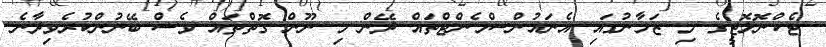
ޓެކްނޮލޮޖީގެ މި ޒަމާނުގައި އެނައުންސްމެންޓްތައް ދޭން މި ނޫން ގޮތްތައް ވެސް ބޭނުންކުރެވިދާނެ